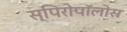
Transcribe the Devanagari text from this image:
स्पिरोपॉलोस